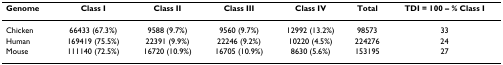
| Genome | Class I | Class II | Class III | Class IV | Total | TDI = 100 – % Class I |
 | --- | --- | --- | --- | --- | --- | --- |
 | Chicken | 66433 (67.3%) | 9588 (9.7%) | 9560 (9.7%) | 12992 (13.2%) | 98573 | 33 |
 | Human | 169419 (75.5%) | 22391 (9.9%) | 22246 (9.2%) | 10220 (4.5%) | 224276 | 24 |
 | Mouse | 111140 (72.5%) | 16720 (10.9%) | 16705 (10.9%) | 8630 (5.6%) | 153195 | 27 |